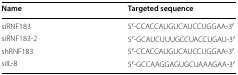
| Name | Targeted sequence |
 | --- | --- |
 | siRNF183 | 5′-CCACCAUGUCAUCCUGGAA-3′ |
 | siRNF183-2 | 5′-GCAUCUUUGCCUACCUGAU-3′ |
 | shRNF183 | 5′-CCACCAUGUCAUCCUGGAA-3′ |
 | siIL-8 | 5′-GCCAAGGAGUGCUAAAGAA-3′ |